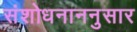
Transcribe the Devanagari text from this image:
संशोधनाननुसार